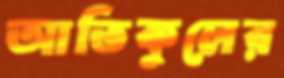
আতিকুলের